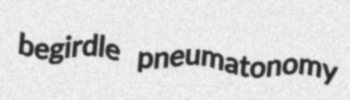
begirdle pneumatonomy